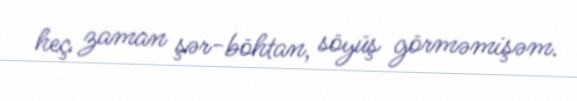
heç zaman şər-böhtan, söyüş görməmişəm.